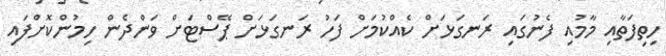
ހިތިފަތާއި މާމުއި ފެނުގައި ރަނގަޅަށް ކެއްކުމަށް ފަހު ރަނގަޅަށް ޕޭސްޓަށް ވަންދެން ހިމުންކޮށްފައި